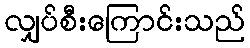
လျှပ်စီးကြောင်းသည်